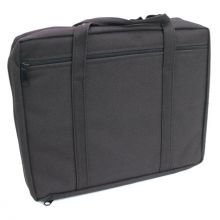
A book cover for Bible Cover: Large Black; Dake Publishing; Christian Books & Bibles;